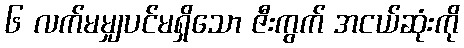
၆ လက်မမျှပင်မရှိသော ဇီးကွက် အငယ်ဆုံးကို